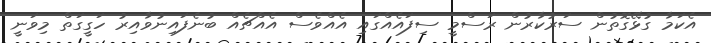
އެކަމާ ގުޅޭގޮތުން ސަރުކާރުން ރަސްމީ ސިފައެއްގައި އެއްވެސް އެއްޗެއް ބުނެފައިނުވާއިރު ހަގީގަތް މިވަނީ